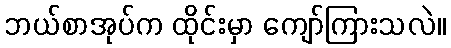
ဘယ်စာအုပ်က ထိုင်းမှာ ကျော်ကြားသလဲ။